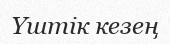
Үштік кезең